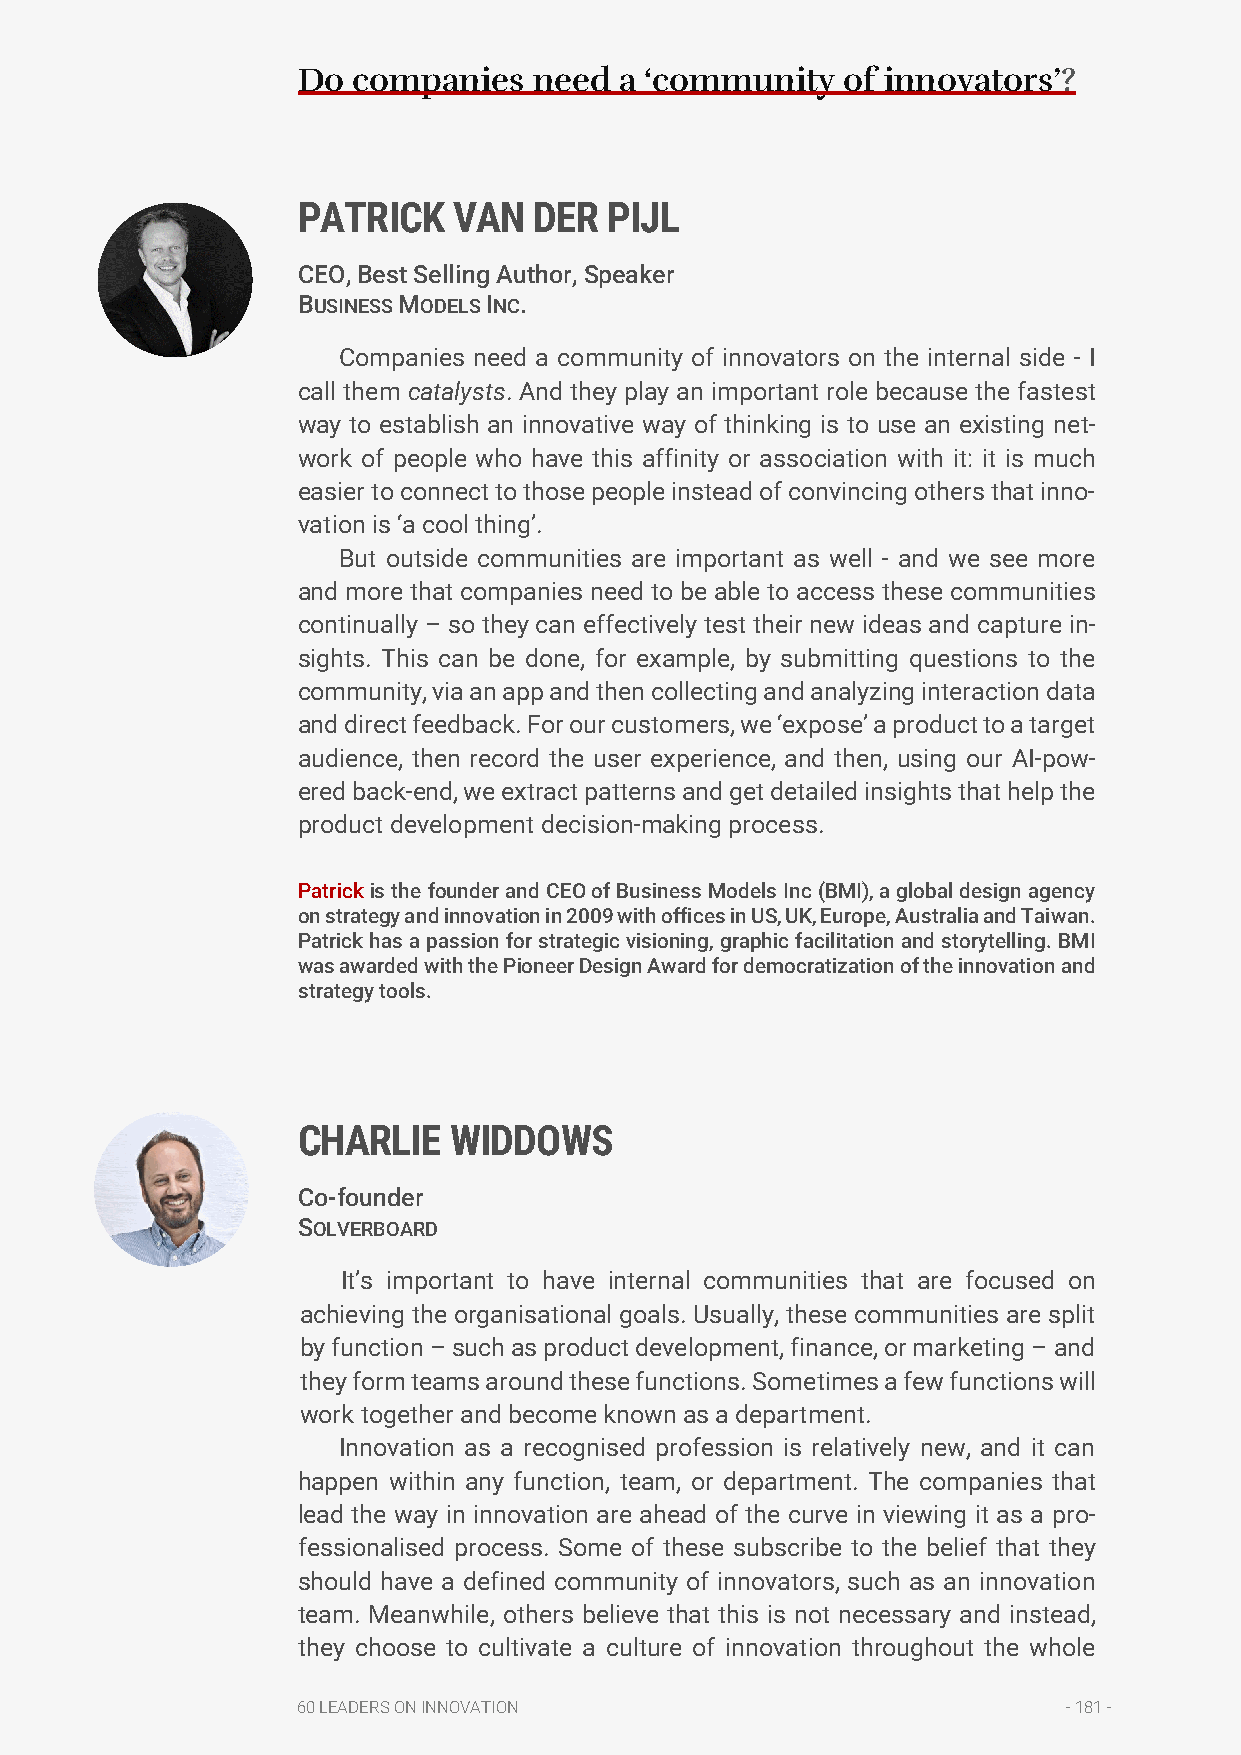
Do companies   need  a ‘community   of innovators’?
 PATRICK   VAN  DER  PIJL
 CEO, Best Selling Author, Speaker
 BUSINESS MODELS INC.
 Companies need a community of innovators on the internal side - I
 call them catalysts. And they play an important role because the fastest
 way to establish an innovative way of thinking is to use an existing net-
 work of people who have this affinity or association with it: it is much
 easier to connect to those people instead of convincing others that inno-
 vation is ‘a cool thing’.
 But outside communities are important as well - and we see more
 and more that companies need to be able to access these communities
 continually – so they can effectively test their new ideas and capture in-
 sights. This can be done, for example, by submitting questions to the
 community, via an app and then collecting and analyzing interaction data
 and direct feedback. For our customers, we ‘expose’ a product to a target
 audience, then record the user experience, and then, using our AI-pow-
 ered back-end, we extract patterns and get detailed insights that help the
 product development decision-making process.
 Patrick is the founder and CEO of Business Models Inc (BMI), a global design agency
 on strategy and innovation in 2009 with offices in US, UK, Europe, Australia and Taiwan.
 Patrick has a passion for strategic visioning, graphic facilitation and storytelling. BMI
 was awarded with the Pioneer Design Award for democratization of the innovation and
 strategy tools.
 CHARLIE   WIDDOWS
 Co-founder
 SOLVERBOARD
 It’s important to have internal communities that are focused on
 achieving the organisational goals. Usually, these communities are split
 by function – such as product development, finance, or marketing – and
 they form teams around these functions. Sometimes a few functions will
 work together and become known as a department.
 Innovation as a recognised profession is relatively new, and it can
 happen within any function, team, or department. The companies that
 lead the way in innovation are ahead of the curve in viewing it as a pro-
 fessionalised process. Some of these subscribe to the belief that they
 should have a defined community of innovators, such as an innovation
 team. Meanwhile, others believe that this is not necessary and instead,
 they choose to cultivate a culture of innovation throughout the whole
 60 LEADERS ON INNOVATION                           - 181 -